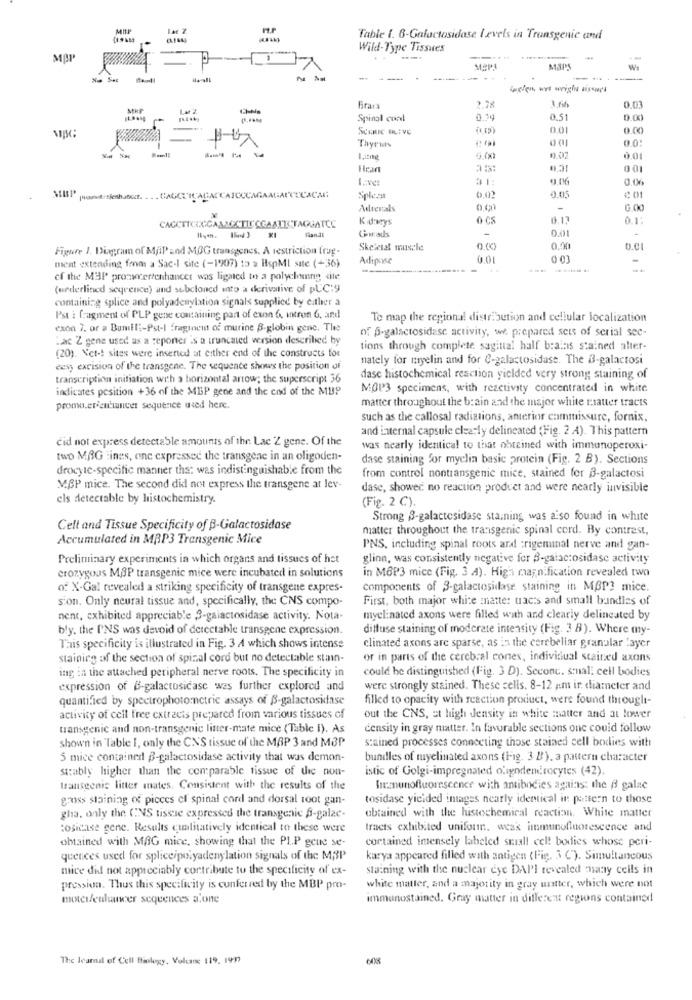
Table 1. 6-Galactosidase Levels in Transgenic and
Wild-Type Tissues
MBP
1
M3PS
MRP
Bran
2.78
3.6
Spinal cord
1.14
0.51
0.01
Thyruts
001
lane
0.01
Heart
001
1. we
9.06
0.06
Splesa
0,02
9.05
¢ 01
Adrenals
G.00
Kidneys
10. 13
Grads
0.01
fandt
Figure J. Diagram of MjiP and MOG transgenes. A restriction frug.
Skeletal muscle
D.(K)
0.00
b.01
Adipose
ment extending from a Sac-1 site (-19907) to a HspMI sate (+36)
--------
of the MBP promwerfenhancet was ligated to a polyelung site
(underlined seyrence) and subcloned into a derivative of pUC:9
containing splice and polyadenylation signals supplied by eather a
Pst : fragment of PLP gene containing part of exon 6, intron 6, and
Te map the regional distribution and cellular localization
exon 7. or a Dumili-Pst-I fraginemt of murine B-globin gene. The
of p-galactosidase activity, we. prepared sets of serial sec-
Lac Z gene used as a reponer is a truncated version described by
tions through complete sagittal half brains stained alter-
(20). Net -! sites were inserted at either end of the constructs for
nately for myelin and for C-galactosidase. The @-galactosi
cesy excision of the transgene. The sequence shows the position of
transcription initiation with a horizontal arrow; the superscript 36
dase histochemical reaction yielded very strong staining of
indicates position +36 of the MBP gene and the cod of the MUP
MOP3 specimens, with reactivity concentrated in white
matter throughout the brain and the major white tatter tracts
promo.erantuncer sequence used here.
such as the callosal radiations, anterior commissure, fornix.
and internal capsule clearly delineated (Fig. 2 A). This pattern
cid not express detectable amounts of the. Lac Z gene. Of the
was nearly identical to that obreined with immunoperoxi-
two MAG :ines, one expressed the transgene in an oligoden-
dase staining for myelin basic protein (Fig. 2 B). Sections
drocyic-specific manner tha: was indistinguishable from the
from control nontransgenic mice, stained for B-galactosi
V.BP mice. The second did not express the transgene at lev-
dase, showed no reaction product and were nearly invisible
els detectable by histochemistry.
(Fig. 2 C).
Strong B-galactosidase staining was also found in white
Cell and Tissue Specificity of B-Galactosidase
matter throughout the transgenic spinal cord. By contrast,
Accumulated in MBP3 Transgenic Mice
PNS, including spinal roots and trigeminal nerve and gan-
Preliminary experiments in which organs and tissues of het
glinn, was consistently negative for 3-gaiac:osidase activity
crozygous MAP transgenic mice were incubated in solutions
in M6P3 mice (Fig. 3 A). High magnification revealed two
of X-Gal revealed a striking specificity of transgene expres-
components of 3-galactosidase staining in MBP? mice.
sion. Only neural tissue and, specifically, the CNS compo-
First, both major white matte: uacts and small bundles of
nent, exhibited appreciable 3-galactosidase activity. Nota-
myelinated axons were filled with and clearly delineated by
bly. the P'NS was devoid of detectable transgene expression.
diffuse staining of moderate intensity (Fig. 3 B). Where my-
This specificity is illustrated in Fig. 3 A which shows intense
clinated axons are sparse, as in the cerebellar granular layer
staining of the section of spinal cord but no detectable stan-
or in parts of the cerebral conex, individual stained axons
ing in the attached peripheral nerve roots. The specificity in
could be distinguished (Fig. 3 D). Seconc. small cell bodies
expression of B-galactosicase wes further explored and
were strongly stained. These cells. 8-12 a.m ir diameter and
quantified by spectrophotometric assays of B-galactosidase
filled to opacity with reaction product, were found thought-
activity of cell free extracis prepared from various tissues of
out the CNS, at high density in white matter and at lower
transgenic and non-transgenic litter-mate mice (Table I). As
density in gray matter. In favorable sections one could follow
shown in Table I, only the CNS tissue of the MAP 3 and MEP
stained processes connecting those stained cell bodies with
5 mice contained B-galactosidase activity that was demon-
bundles of myelinated axons (Fig. 3 B), a pattern character
strably higher than the comparable tissue of the non-
istic of Golgi-impregnated oligodendrocytes (42).
transgenic litter mates. Consistent with the results of the
hrmunofluorescence with antibodies against the 8 galac
gauss staining of pieces of spinal cord and dorsal root gan-
tosidase yielded images nearly identical in pattern to those
obtained with the histochemical reaction. White matter
gha, only the CNS tissse expressed the transgenic B-galac-
cosicase gene. Results qualitatively identical to these were
tracts exhibited uniform. weak immunofluorescence and
obtained with MAG mice, showing that the PI.P gene se-
contained intensely labeled seial! cel! bodies whose peri-
quences used for spliceipolyadenylation signals of the MBP
karya appeared filled with antigen (Fig. 3 ℃). Simultancous
mice did not appreciably contribute to the specificity of ex-
staining with the nuclear eye DAPI revealed chany cells in
pression. Thus this specificity is confer red by the MBP pro-
white matter, and a majority in gray untter, which were not
motci/enhancer sequences a.one
immunostained. Gray matter in different regions contained
The Ivamal of Cell Biology, Volume 119, 1997